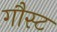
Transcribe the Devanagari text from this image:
गौस्ट